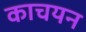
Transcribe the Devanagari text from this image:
काचयन